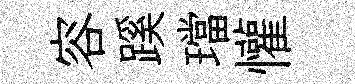
容蹊璫懽